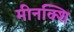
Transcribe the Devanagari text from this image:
मीनक्शि